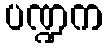
ပဏ္ဍက